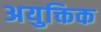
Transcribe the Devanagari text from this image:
अयुक्तिक